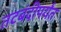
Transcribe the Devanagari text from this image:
तटबंदीपर्यंत